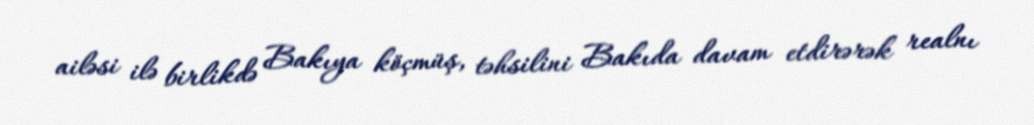
ailəsi ilə birlikdə Bakıya köçmüş, təhsilini Bakıda davam etdirərək realnı